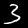
Digit: 3